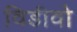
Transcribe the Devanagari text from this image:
विडीवो